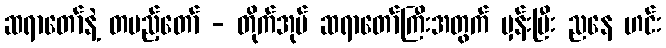
ဆရာတော်နဲ့ တပည့်တော် - တိုက်အုပ် ဆရာတော်ကြီးအတွက် မှန်းပြီး ညနေ ဟင်း